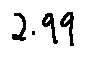
2 . 9 9